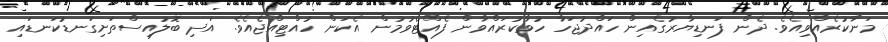
މަނާކުރެއްވިއެވެ. ދެން ފަނޑިޔާރުގެއިން ހައްދުޖަހާ ހުވާކުރައްވާން ފެއްޓެވުމުން އެކަން ހުއްޓިއްޖެއެވެ. އަދި ބޮލުއިސްތަށިގަނޑުކަނޑައި